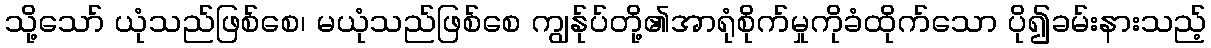
သို့သော် ယုံသည်ဖြစ်စေ၊ မယုံသည်ဖြစ်စေ ကျွန်ုပ်တို့၏အာရုံစိုက်မှုကိုခံထိုက်သော ပို၍ခမ်းနားသည့်